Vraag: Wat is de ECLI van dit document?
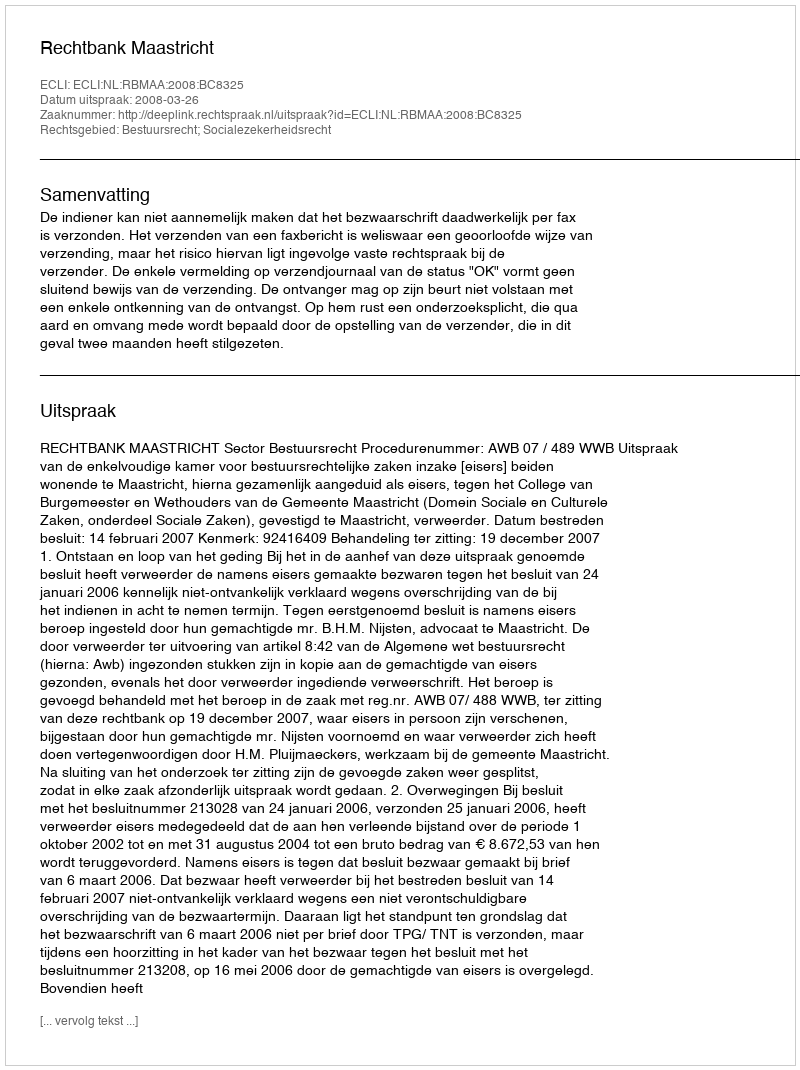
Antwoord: ECLI:NL:RBMAA:2008:BC8325